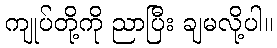
ကျုပ်တို့ကို ညာပြီး ချမလို့ပါ။